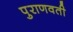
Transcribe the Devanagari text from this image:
पुराणवती